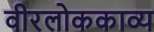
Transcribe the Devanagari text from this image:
वीरलोककाव्य